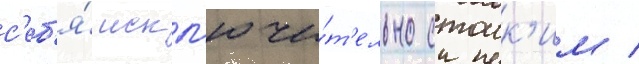
с'еб'я́ искл'ючи́т'ельно стоик'им /